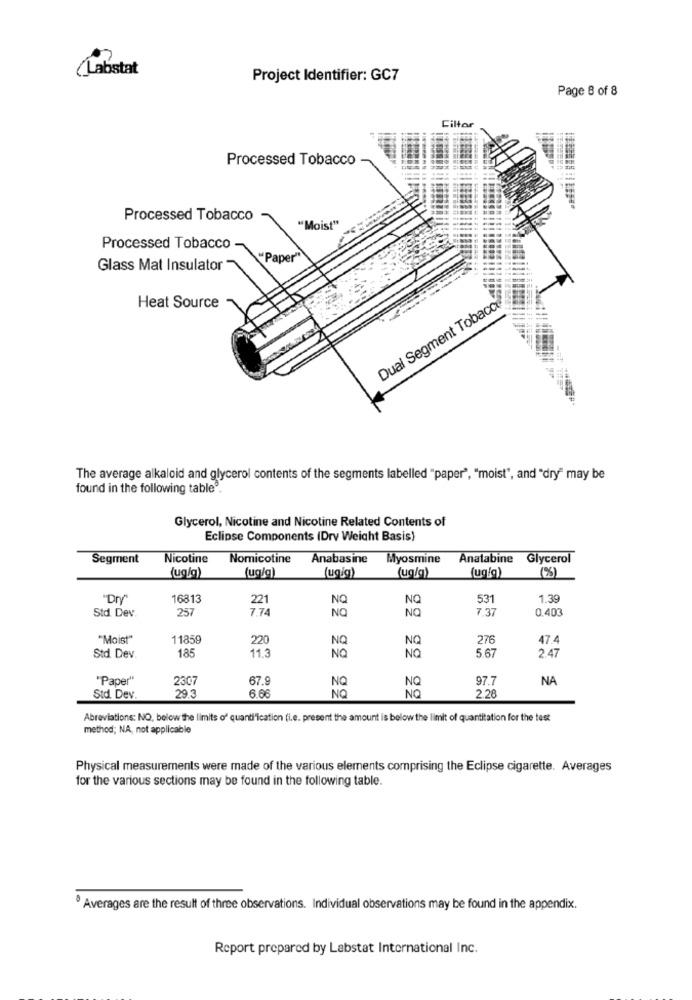
(Labstat
Project Identifier: GC7
Page 8 of 8
Ciltor
Processed Tobacco
Processed Tobacco
"Moist"
Processed Tobacco
Pape
Glass Mat Insulator
Dual Segment Tobacco
Heat Source
The average alkaloid and glycerol contents of the segments labelled "paper", "moist", and "dry" may be
found in the following table".
Glycerol, Nicotine and Nicotine Related Contents of
Eclipse Components (Dry Weight Basis)
Segment
Nicotine
Nomicotine
Anabasine
Myosmine
Anatabine Glycerol
(ug/g)
(ug/g)
(ug/g)
(ug/g)
(ugig)
(%)
"Dry"
16813
NQ
NO
531
1.39
Std. Dev.
25
NO
NO
7.37
0.403
"Moist"
11859
220
NO
276
47.4
185
11.3
56
Std. Dev.
NO
NO
2 47
"Paper"
230
67.
NQ
97.7
NA
NO
NO
2.28
Std. Dev.
29.3
6.66
Abreviations: NO, below the limits of quanti"Ication (i.e. present the amount is below the limit of quantitation for the test
method; NA, not applicable
Physical measurements were made of the various elements comprising the Eclipse cigarette. Averages
for the various sections may be found in the following table.
Averages are the result of three observations. Individual observations may be found in the appendix.
Report prepared by Labstat International Inc.